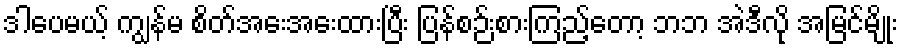
ဒါပေမယ့် ကျွန်မ စိတ်အေးအေးထားပြီး ပြန်စဉ်းစားကြည့်တော့ ဘဘ အဲဒီလို အမြင်မျိုး